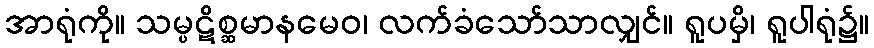
အာရုံကို။ သမ္ပဋိစ္ဆမာနမေဝ၊ လက်ခံသော်သာလျှင်။ ရူပမှိ၊ ရူပါရုံ၌။